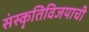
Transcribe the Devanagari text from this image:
संस्कृतिविजयाची